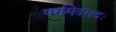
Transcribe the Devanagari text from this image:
परमिदमदः